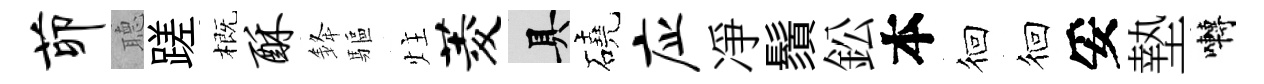
茆𦗟蹉概酥𨦟驅炷菱具磽应凈鬚鈆本徊徊妥墊囀